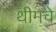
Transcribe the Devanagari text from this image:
थीमचे